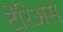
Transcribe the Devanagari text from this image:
टेरिअस